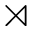
\rtimes